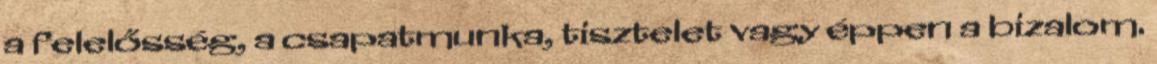
a felelősség, a csapatmunka, tisztelet vagy éppen a bizalom.